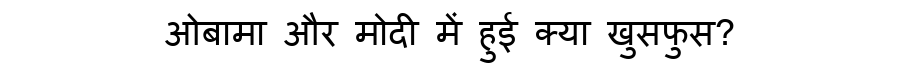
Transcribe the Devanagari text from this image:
ओबामा और मोदी में हुई क्या खुसफुस?